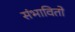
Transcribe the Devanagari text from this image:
संभावितो